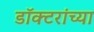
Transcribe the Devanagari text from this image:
डॉक्‍टरांच्या